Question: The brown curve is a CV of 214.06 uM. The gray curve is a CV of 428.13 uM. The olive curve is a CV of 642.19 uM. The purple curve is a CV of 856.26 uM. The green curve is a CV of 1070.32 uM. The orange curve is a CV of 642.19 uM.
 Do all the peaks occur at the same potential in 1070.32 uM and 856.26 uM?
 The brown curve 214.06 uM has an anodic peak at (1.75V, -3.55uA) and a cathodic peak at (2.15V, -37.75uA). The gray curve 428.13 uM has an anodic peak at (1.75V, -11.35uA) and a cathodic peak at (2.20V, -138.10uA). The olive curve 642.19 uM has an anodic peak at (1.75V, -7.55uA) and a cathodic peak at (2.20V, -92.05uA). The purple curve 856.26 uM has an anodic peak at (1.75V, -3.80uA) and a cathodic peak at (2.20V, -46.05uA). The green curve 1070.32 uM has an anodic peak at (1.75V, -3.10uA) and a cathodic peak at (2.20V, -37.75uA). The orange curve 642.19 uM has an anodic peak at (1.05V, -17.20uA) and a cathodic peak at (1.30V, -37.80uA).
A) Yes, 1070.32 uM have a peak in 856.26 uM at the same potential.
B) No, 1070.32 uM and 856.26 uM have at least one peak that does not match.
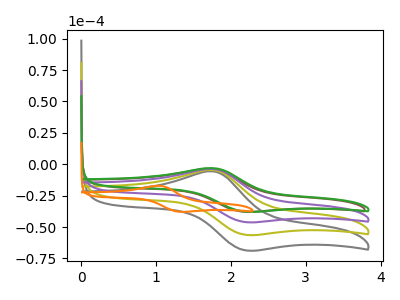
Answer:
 <answer>A) Yes, "1070.32 uM" have a peak in "856.26 uM" at the same potential.</answer>
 <eval>A</eval>